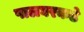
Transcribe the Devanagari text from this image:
पालघरकडे